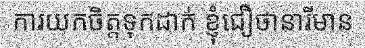
ការយកចិត្តទុកដាក់ ខ្ញុំជឿថានារីមាន